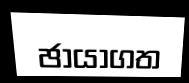
ඡායාගත